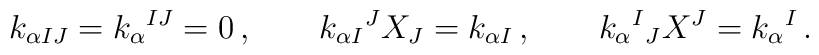
k_{\alpha IJ}=k_\alpha {}^{IJ}=0\,,\qquad   k_{\alpha I}{}^JX _J=k_{\alpha I}\,,\qquad    k_\alpha{}^I{}_JX ^J=k_\alpha {}^I   \,.